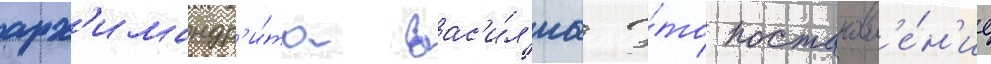
арх'имандр'и́та вас'и́л'иа э́то постановл'е́н'ие